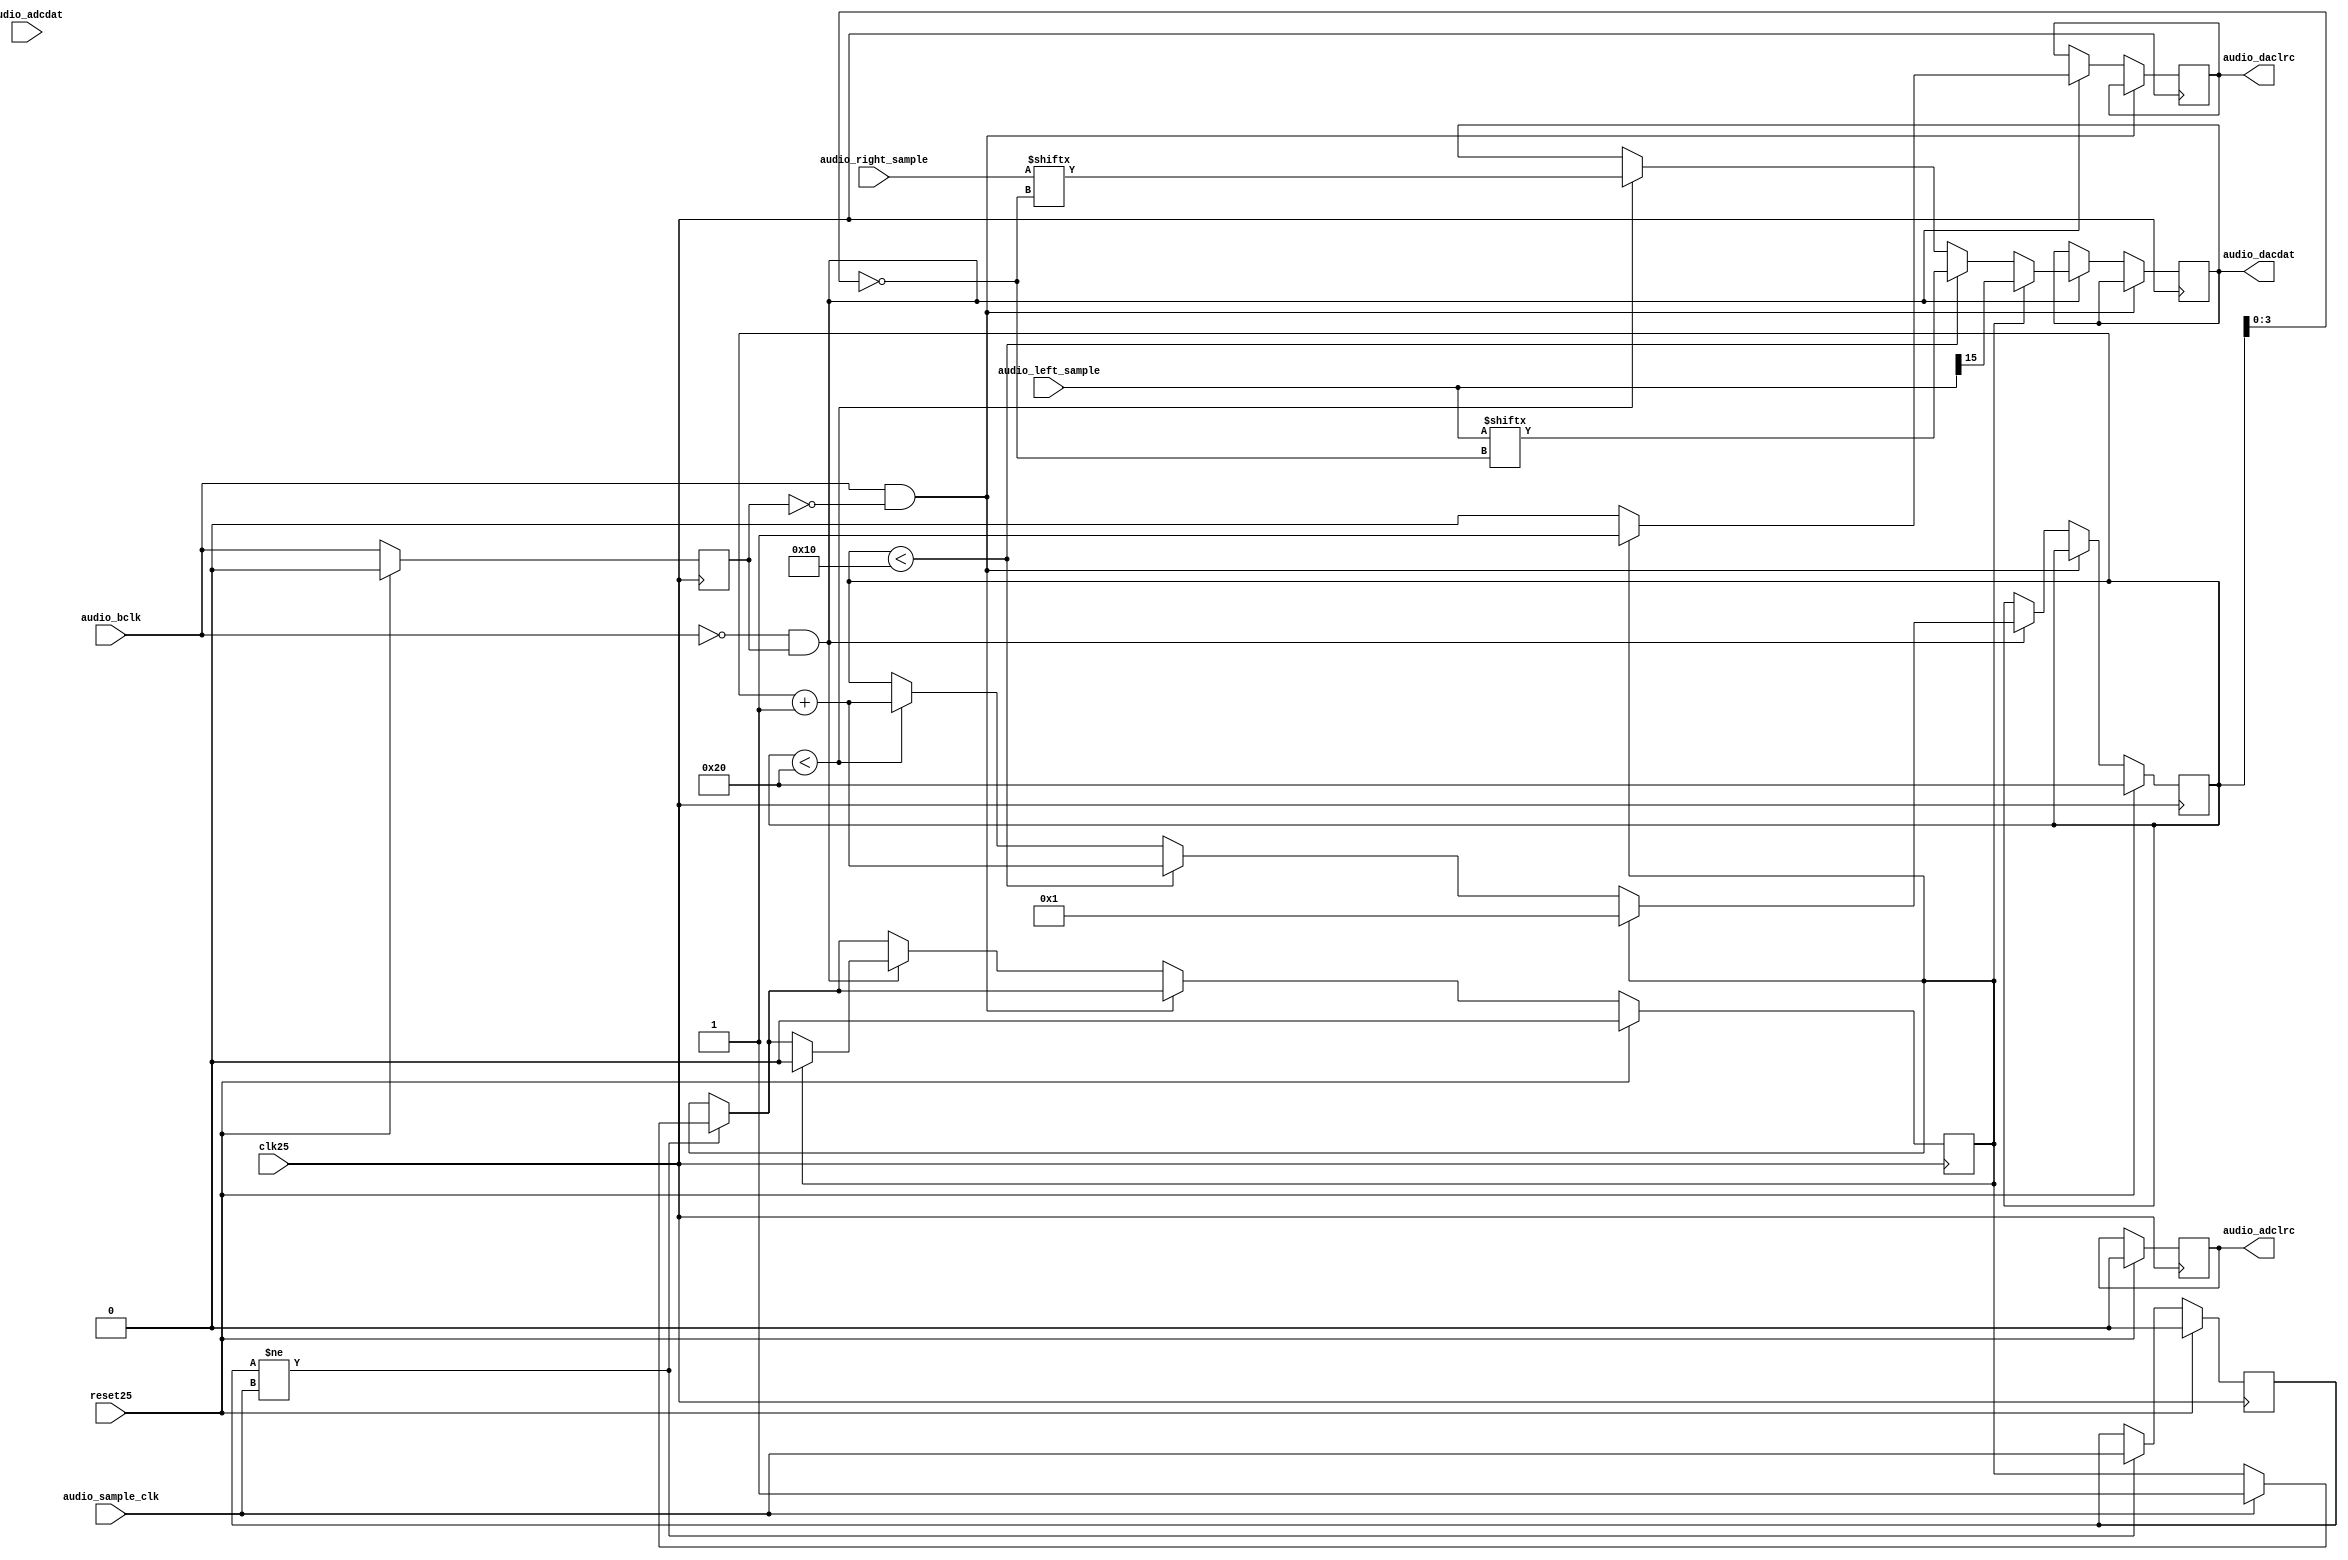

module audio(
    input wire  clk25,
    input wire  reset25,

    input wire audio_bclk,
    output reg  audio_dacdat,
    output reg  audio_daclrc,
    input  wire audio_adcdat,
    output reg  audio_adclrc,
    input  wire [15:0] audio_right_sample,
    input  wire [15:0] audio_left_sample,
    input  wire audio_sample_clk
    );

// Mclk = 25.00 Mhz 
// (ideally should have been 49715.90 * 250 * 2 = 24.86 but we hope it's close enough
// DSP Mode, mode B, LRP=1, Slave (Figure 23), 16 bits
//    { WM8750_AUDIO_INTFC_ADDR,
//          (0<<7) |    // BCLKINV: BCLK not inverted
//          (0<<6) |    // MS     : Slave mode
//          (0<<5) |    // LRSWAP : No L/R swap
//          (1<<4) |    // LRP    : DSP mode B: MSB on first clock cycle
//          (0<<2) |    // WL     : 16 bits
//          (3<<0) },   // FORMAT : DSP mode


// There are 503 25 Mhz clocks per sample for a sampling rate 49701.79 hz.
// We need 250 bclk cycles during this time for the Codec.
// bclk is clk25 / 2 so each bclk each bclk is 2 clocks except the high
// period is 4 cycles
// 


    reg [5:0]  bit_cntr;
    reg last_audio_sample_clk;
    reg start_cycle;
    reg last_bclk;

    always @(posedge clk25) 
    begin
        last_bclk <= audio_bclk;
        if (last_audio_sample_clk != audio_sample_clk) begin
            last_audio_sample_clk <= audio_sample_clk;
        // rising edge of sample clock, start new cycle
            if (audio_sample_clk) begin
                start_cycle <= 1;
            end
        end

        if(audio_bclk && !last_bclk) begin
        end
        else if(!audio_bclk && last_bclk) begin
            audio_daclrc    <= 0;
            if(start_cycle) begin
                start_cycle <= 0;
                bit_cntr     <= 1;
                audio_daclrc <= 1;
                audio_dacdat <= audio_left_sample[15];
            end
            else if (bit_cntr < 16) begin
                bit_cntr <= bit_cntr + 1;
                audio_dacdat <= audio_left_sample[~bit_cntr[3:0]];
            end
            else if (bit_cntr < 32) begin
                bit_cntr <= bit_cntr + 1;
                audio_dacdat <= audio_right_sample[~bit_cntr[3:0]];
            end
        end

        if (reset25) begin
            bit_cntr        <= 6'd32;
            audio_adclrc    <= 0;
            last_audio_sample_clk <= 0;
            start_cycle <= 0;
            last_bclk <= 0;
        end
    end

endmodule